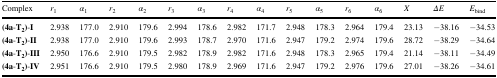
<table><thead><tr><td><b>Complex</b></td><td><b><i>r</i><sub>1</sub></b></td><td><b><i>α</i><sub>1</sub></b></td><td><b><i>r</i><sub>2</sub></b></td><td><b><i>α</i><sub>2</sub></b></td><td><b><i>r</i><sub>3</sub></b></td><td><b><i>α</i><sub>3</sub></b></td><td><b><i>r</i><sub>4</sub></b></td><td><b><i>α</i><sub>4</sub></b></td><td><b><i>r</i><sub>5</sub></b></td><td><b><i>α</i><sub>5</sub></b></td><td><b><i>r</i><sub>6</sub></b></td><td><b><i>α</i><sub>6</sub></b></td><td><b><i>X</i></b></td><td><b><i>ΔE</i></b></td><td><b><i>E</i><sub>bind</sub></b></td></tr></thead><tbody><tr><td><b>(4a</b>-<b>T</b><sub><b>2</b></sub><b>)</b>-<b>I</b></td><td>2.938</td><td>177.0</td><td>2.910</td><td>179.6</td><td>2.994</td><td>178.6</td><td>2.982</td><td>171.7</td><td>2.948</td><td>178.3</td><td>2.964</td><td>179.4</td><td>23.13</td><td>−38.16</td><td>−34.53</td></tr><tr><td><b>(4a</b>-<b>T</b><sub><b>2</b></sub><b>)</b>-<b>II</b></td><td>2.938</td><td>177.0</td><td>2.910</td><td>179.6</td><td>2.993</td><td>178.7</td><td>2.970</td><td>171.6</td><td>2.947</td><td>179.2</td><td>2.974</td><td>179.6</td><td>28.72</td><td>−38.29</td><td>−34.64</td></tr><tr><td><b>(4a</b>-<b>T</b><sub><b>2</b></sub><b>)</b>-<b>III</b></td><td>2.950</td><td>176.6</td><td>2.910</td><td>179.5</td><td>2.982</td><td>178.9</td><td>2.982</td><td>171.6</td><td>2.948</td><td>178.3</td><td>2.965</td><td>179.4</td><td>21.14</td><td>−38.11</td><td>−34.49</td></tr><tr><td><b>(4a</b>-<b>T</b><sub><b>2</b></sub><b>)</b>-<b>IV</b></td><td>2.951</td><td>176.6</td><td>2.910</td><td>179.5</td><td>2.980</td><td>178.9</td><td>2.969</td><td>171.6</td><td>2.947</td><td>179.2</td><td>2.976</td><td>179.6</td><td>27.01</td><td>−38.26</td><td>−34.61</td></tr></tbody></table>